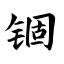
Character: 锢